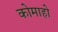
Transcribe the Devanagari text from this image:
कोमाहो